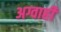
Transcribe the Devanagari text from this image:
अग्वाही